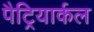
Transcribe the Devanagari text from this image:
पैट्रियार्कल